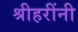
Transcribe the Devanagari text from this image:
श्रीहरींनी